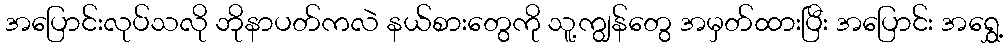
အပြောင်းလုပ်သလို ဘိုနာပတ်ကလဲ နယ်စားတွေကို သူ့ကျွန်တွေ အမှတ်ထားပြီး အပြောင်း အရွှေ့